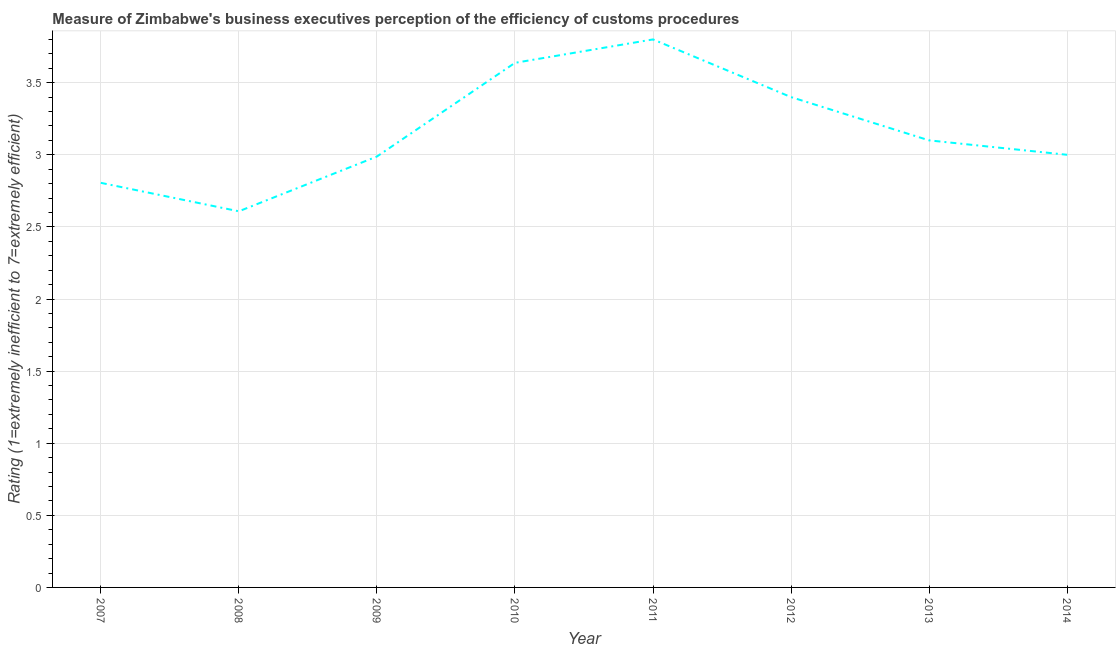
| Year | Burden of customs procedure |
 | --- | --- |
 | 2007 | 2.81 |
 | 2008 | 2.61 |
 | 2009 | 2.99 |
 | 2010 | 3.64 |
 | 2011 | 3.8 |
 | 2012 | 3.4 |
 | 2013 | 3.1 |
 | 2014 | 3 |